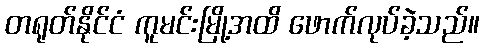
တရုတ်နိုင်ငံ ကူမင်းမြို့အထိ ဖောက်လုပ်ခဲ့သည်။